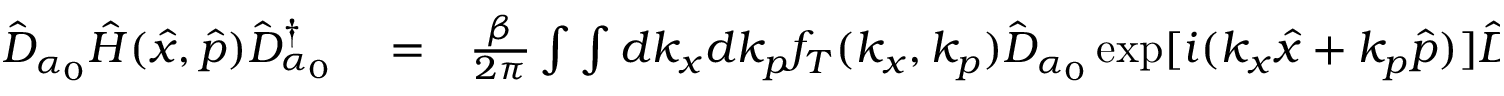
\begin{array} { r l r } { \hat { D } _ { \alpha _ { 0 } } \hat { H } ( \hat { x } , \hat { p } ) \hat { D } _ { \alpha _ { 0 } } ^ { \dagger } } & { { } = } & { \frac { \beta } { 2 \pi } \int \int d k _ { x } d k _ { p } f _ { T } ( k _ { x } , k _ { p } ) \hat { D } _ { \alpha _ { 0 } } \exp [ i ( k _ { x } \hat { x } + k _ { p } \hat { p } ) ] \hat { D } _ { \alpha _ { 0 } } ^ { \dagger } } \end{array}